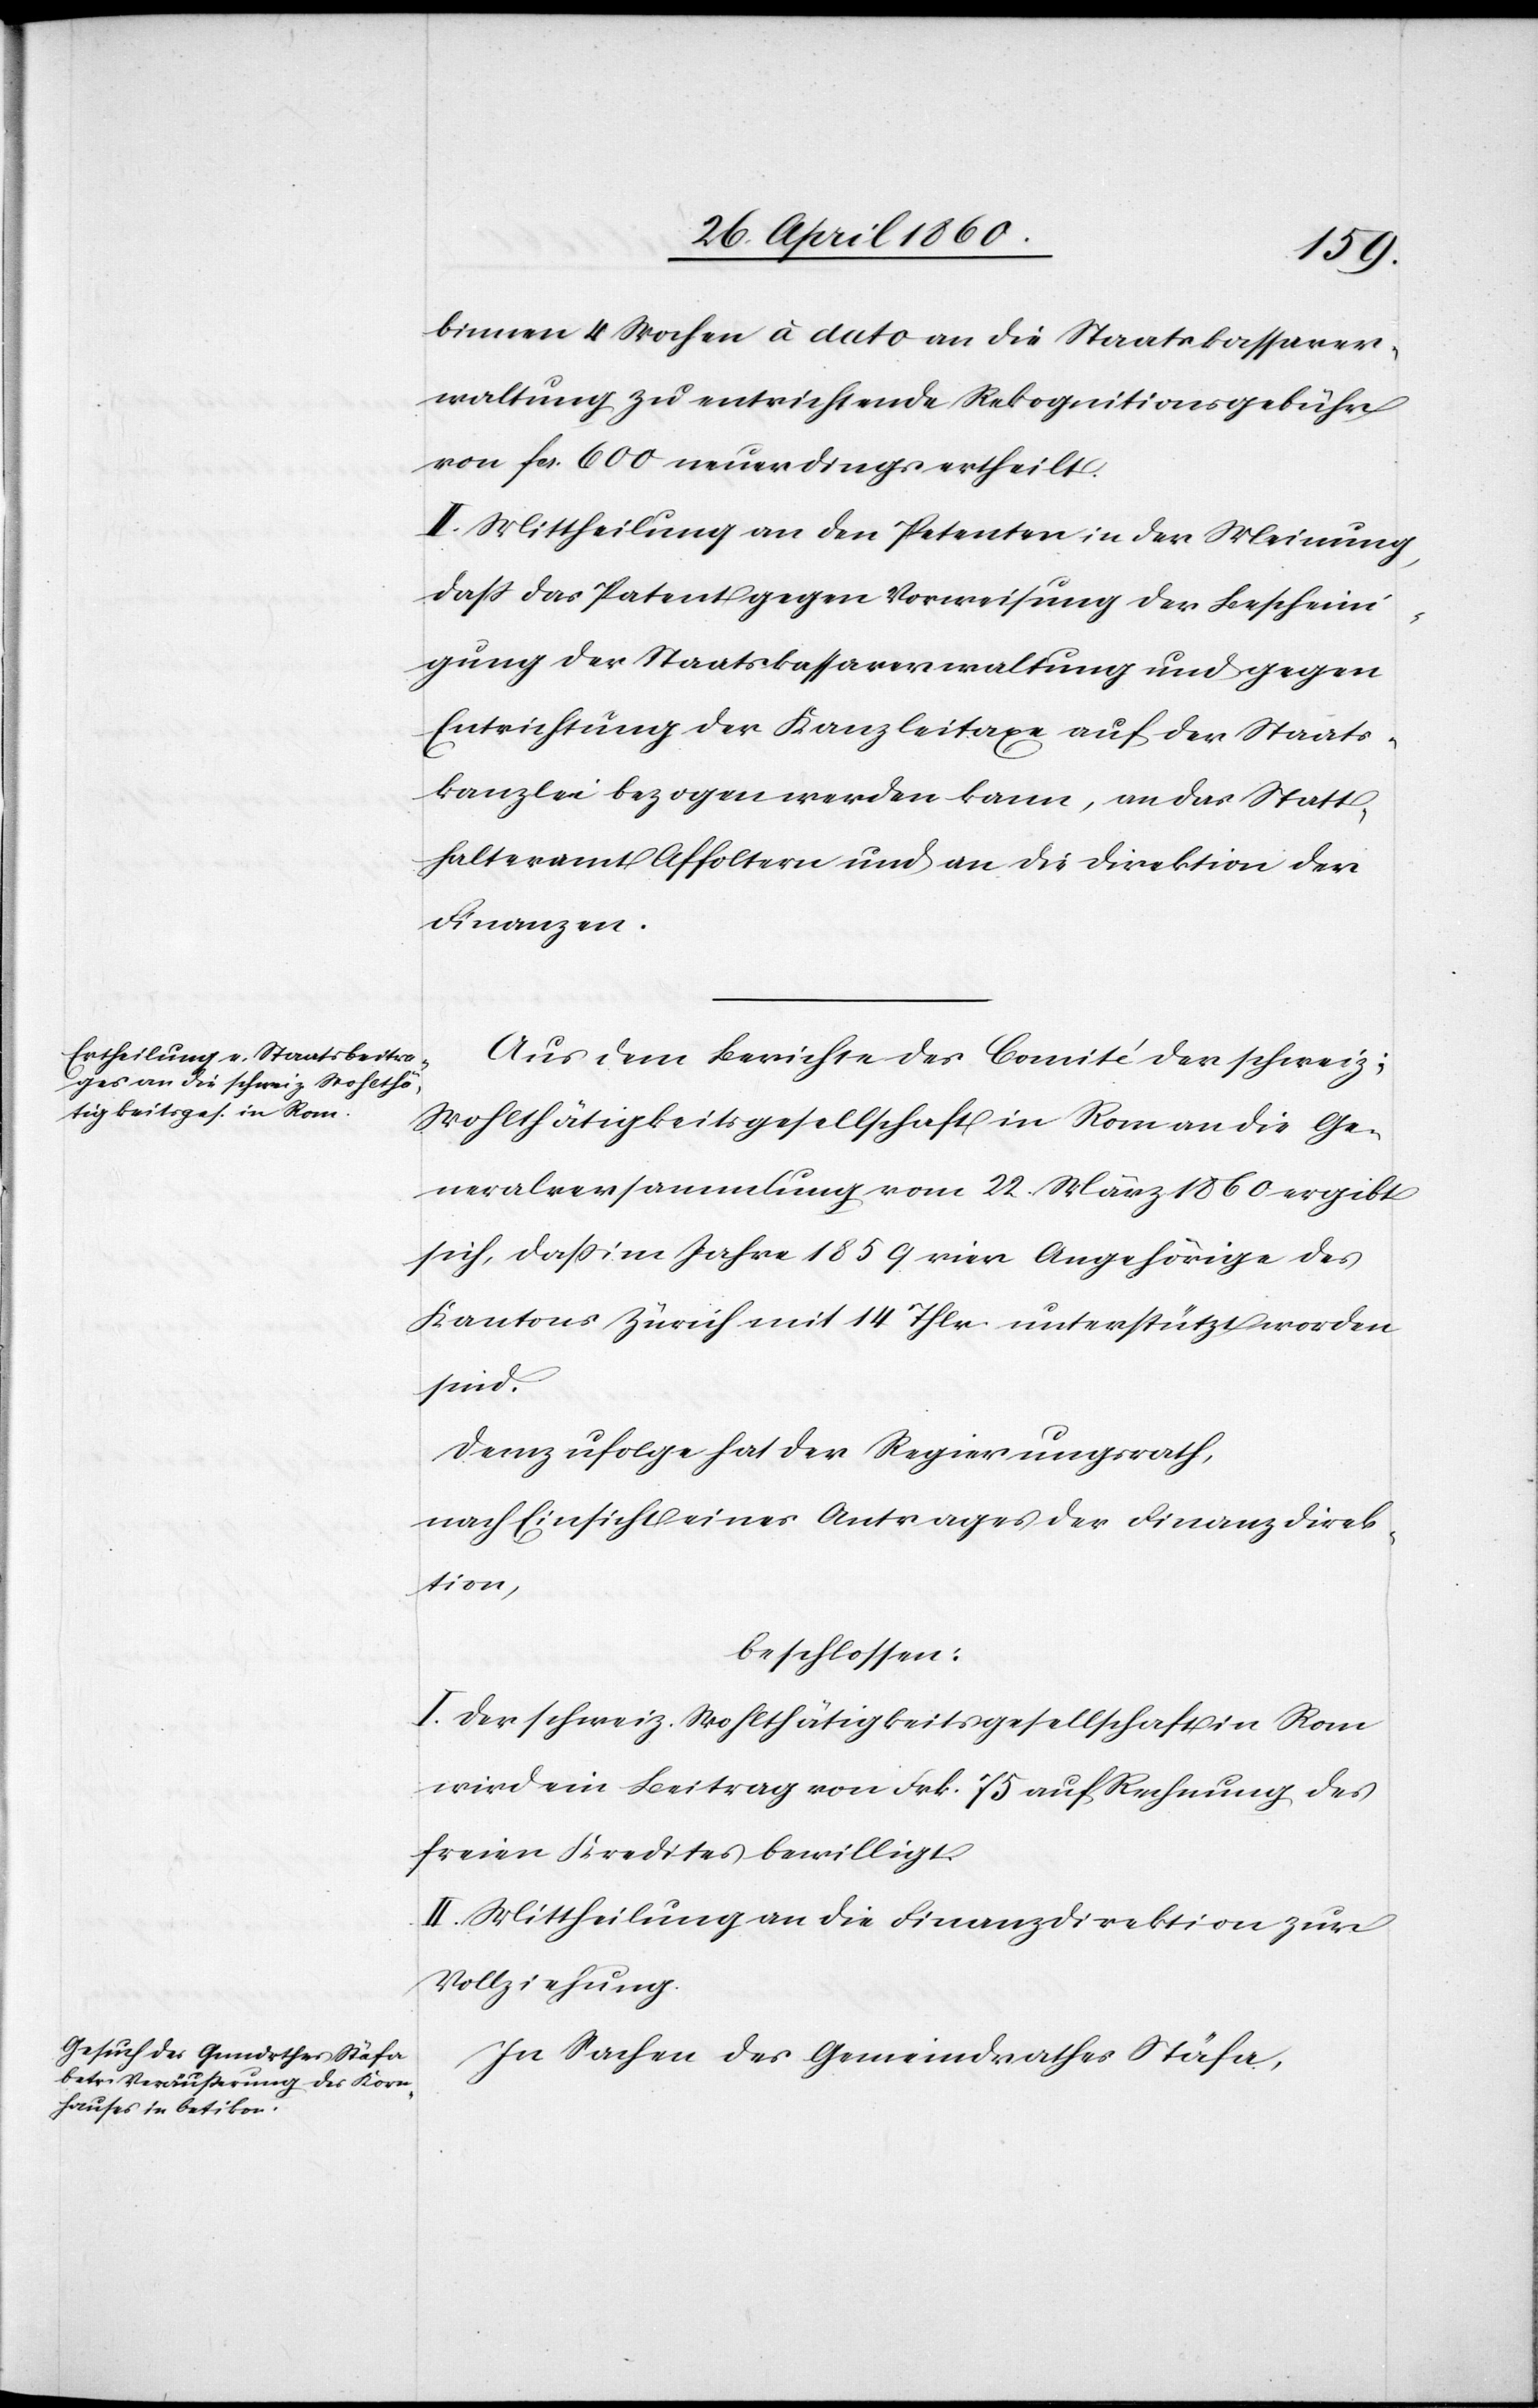
binnen 4 Wochen à dato an die Staatskassaver¬
waltung zu entrichtende Rekognitionsgebühr
von fcs. 600 neuerdings ertheilt.
II. Mittheilung an den Petenten in der Meinung,
dass das Patent gegen Vorweisung der Bescheini¬
gung der Staatskassaverwaltung und gegen
Entrichtung der Kanzleitaxe auf der Staats¬
kanzlei bezogen werden kann, an das Statt¬
halteramt Affoltern und an die Direktion der
Finanzen.
Aus dem Berichte des Comité der schweiz;
Wohlthätigkeitsgesellschaft in Rom an die Ge¬
neralversammlung vom 22. März 1860 ergibt
sich, daß im Jahre 1859 vier Angehörige des
Kantons Zürich mit 14 Thlr. unterstützt worden
sind.
Demzufolge hat der Regierungsrath,
nach Einsicht eines Antrages der Finanzdirek¬
tion,
beschlossen:
I. Der schweiz. Wohlthätigkeitsgesellschaft in Rom
wird ein Beitrag von Frk. 75 auf Rechnung des
freien Kredites bewilligt.
II. Mittheilung an die Finanzdirektion zur
Vollziehung.
In Sachen des Gemeindrathes Stäfa,